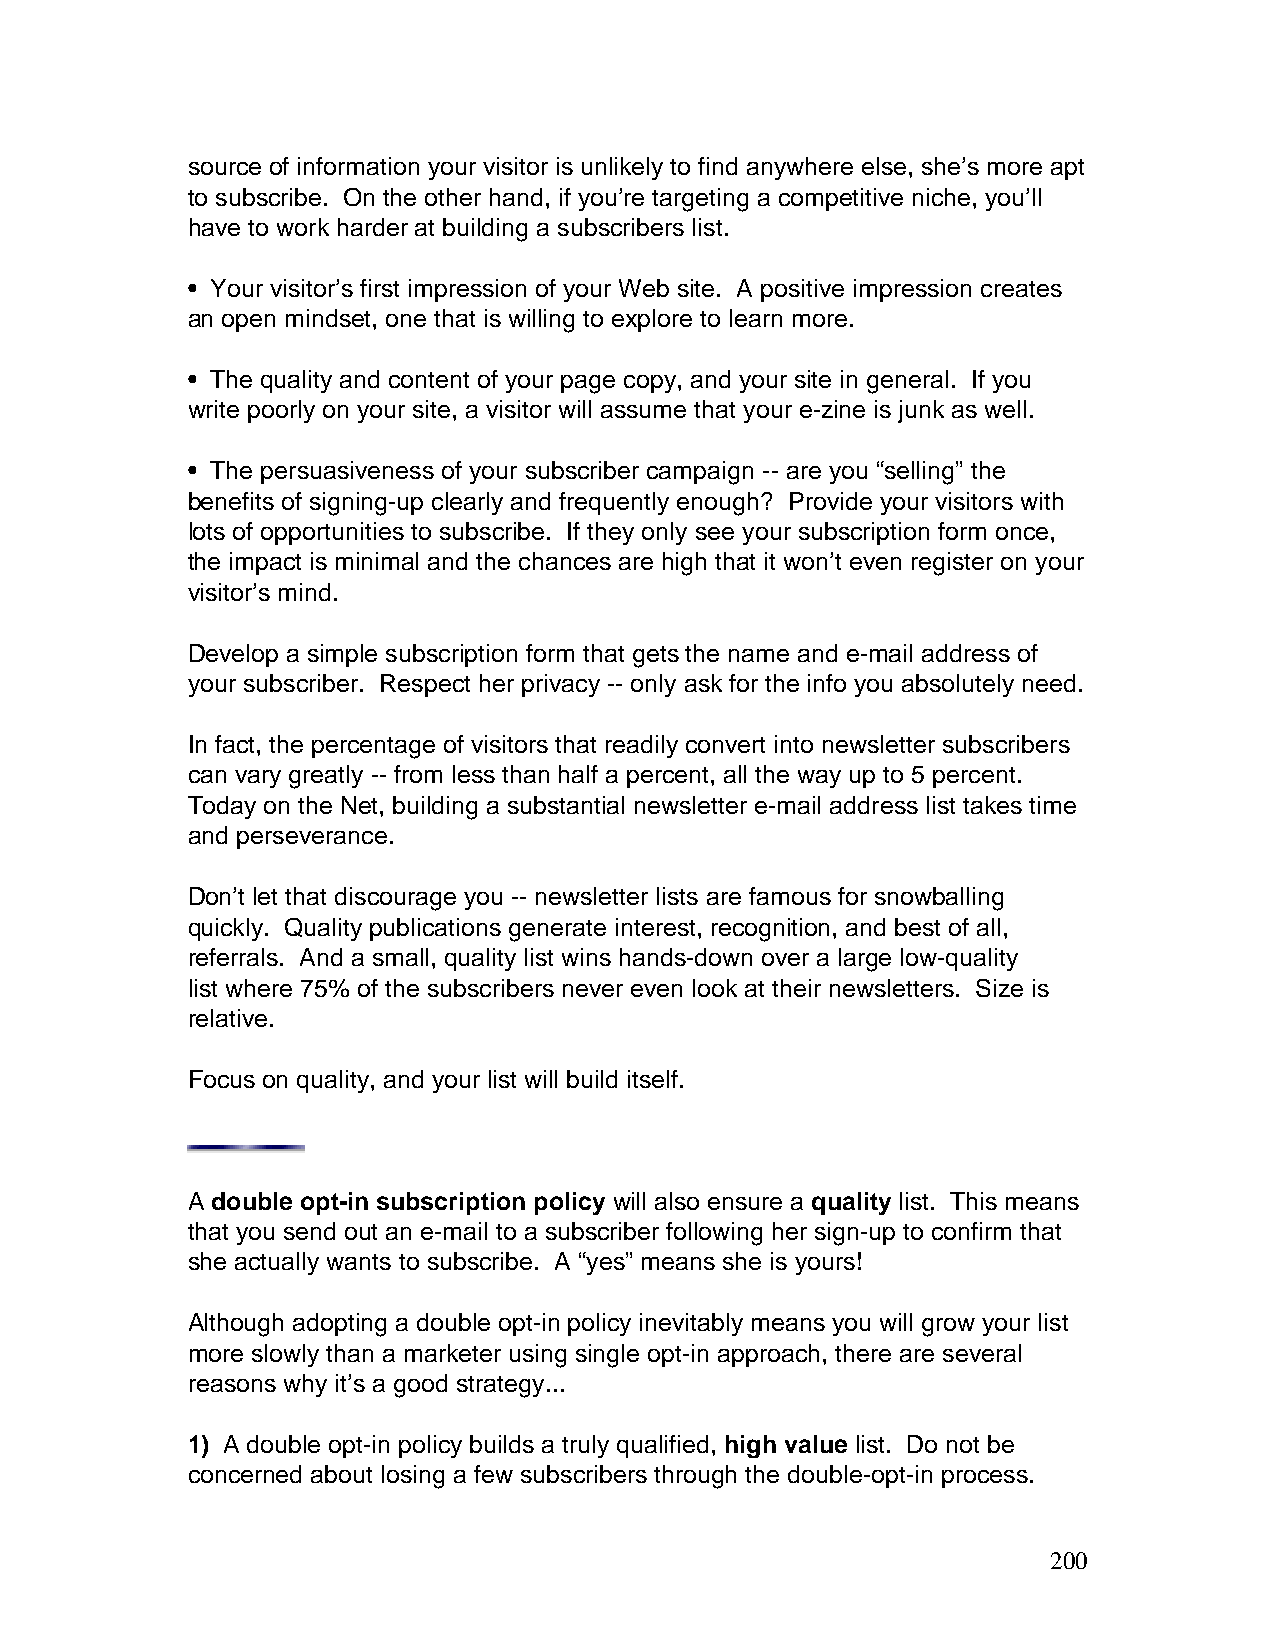
source of information your visitor is unlikely to find anywhere else, she’s more apt
 to subscribe. On the other hand, if you’re targeting a competitive niche, you’ll
 have to work harder at building a subscribers list.
 • Your visitor’s first impression of your Web site. A positive impression creates
 an open mindset, one that is willing to explore to learn more.
 • The quality and content of your page copy, and your site in general. If you
 write poorly on your site, a visitor will assume that your e-zine is junk as well.
 • The persuasiveness of your subscriber campaign -- are you “selling” the
 benefits of signing-up clearly and frequently enough? Provide your visitors with
 lots of opportunities to subscribe. If they only see your subscription form once,
 the impact is minimal and the chances are high that it won’t even register on your
 visitor’s mind.
 Develop a simple subscription form that gets the name and e-mail address of
 your subscriber. Respect her privacy -- only ask for the info you absolutely need.
 In fact, the percentage of visitors that readily convert into newsletter subscribers
 can vary greatly -- from less than half a percent, all the way up to 5 percent.
 Today on the Net, building a substantial newsletter e-mail address list takes time
 and perseverance.
 Don’t let that discourage you -- newsletter lists are famous for snowballing
 quickly. Quality publications generate interest, recognition, and best of all,
 referrals. And a small, quality list wins hands-down over a large low-quality
 list where 75% of the subscribers never even look at their newsletters. Size is
 relative.
 Focus on quality, and your list will build itself.
 A double opt-in subscription policy will also ensure a quality list. This means
 that you send out an e-mail to a subscriber following her sign-up to confirm that
 she actually wants to subscribe. A “yes” means she is yours!
 Although adopting a double opt-in policy inevitably means you will grow your list
 more slowly than a marketer using single opt-in approach, there are several
 reasons why it’s a good strategy...
 1) A double opt-in policy builds a truly qualified, high value list. Do not be
 concerned about losing a few subscribers through the double-opt-in process.
 200